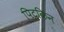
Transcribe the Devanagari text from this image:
पिटकिन